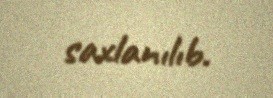
saxlanılıb.